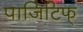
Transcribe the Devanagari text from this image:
पाजिटिफ्